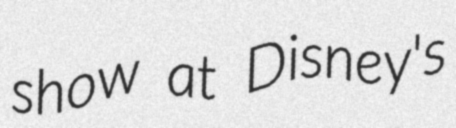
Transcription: show at Disney's